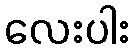
လေးပါး